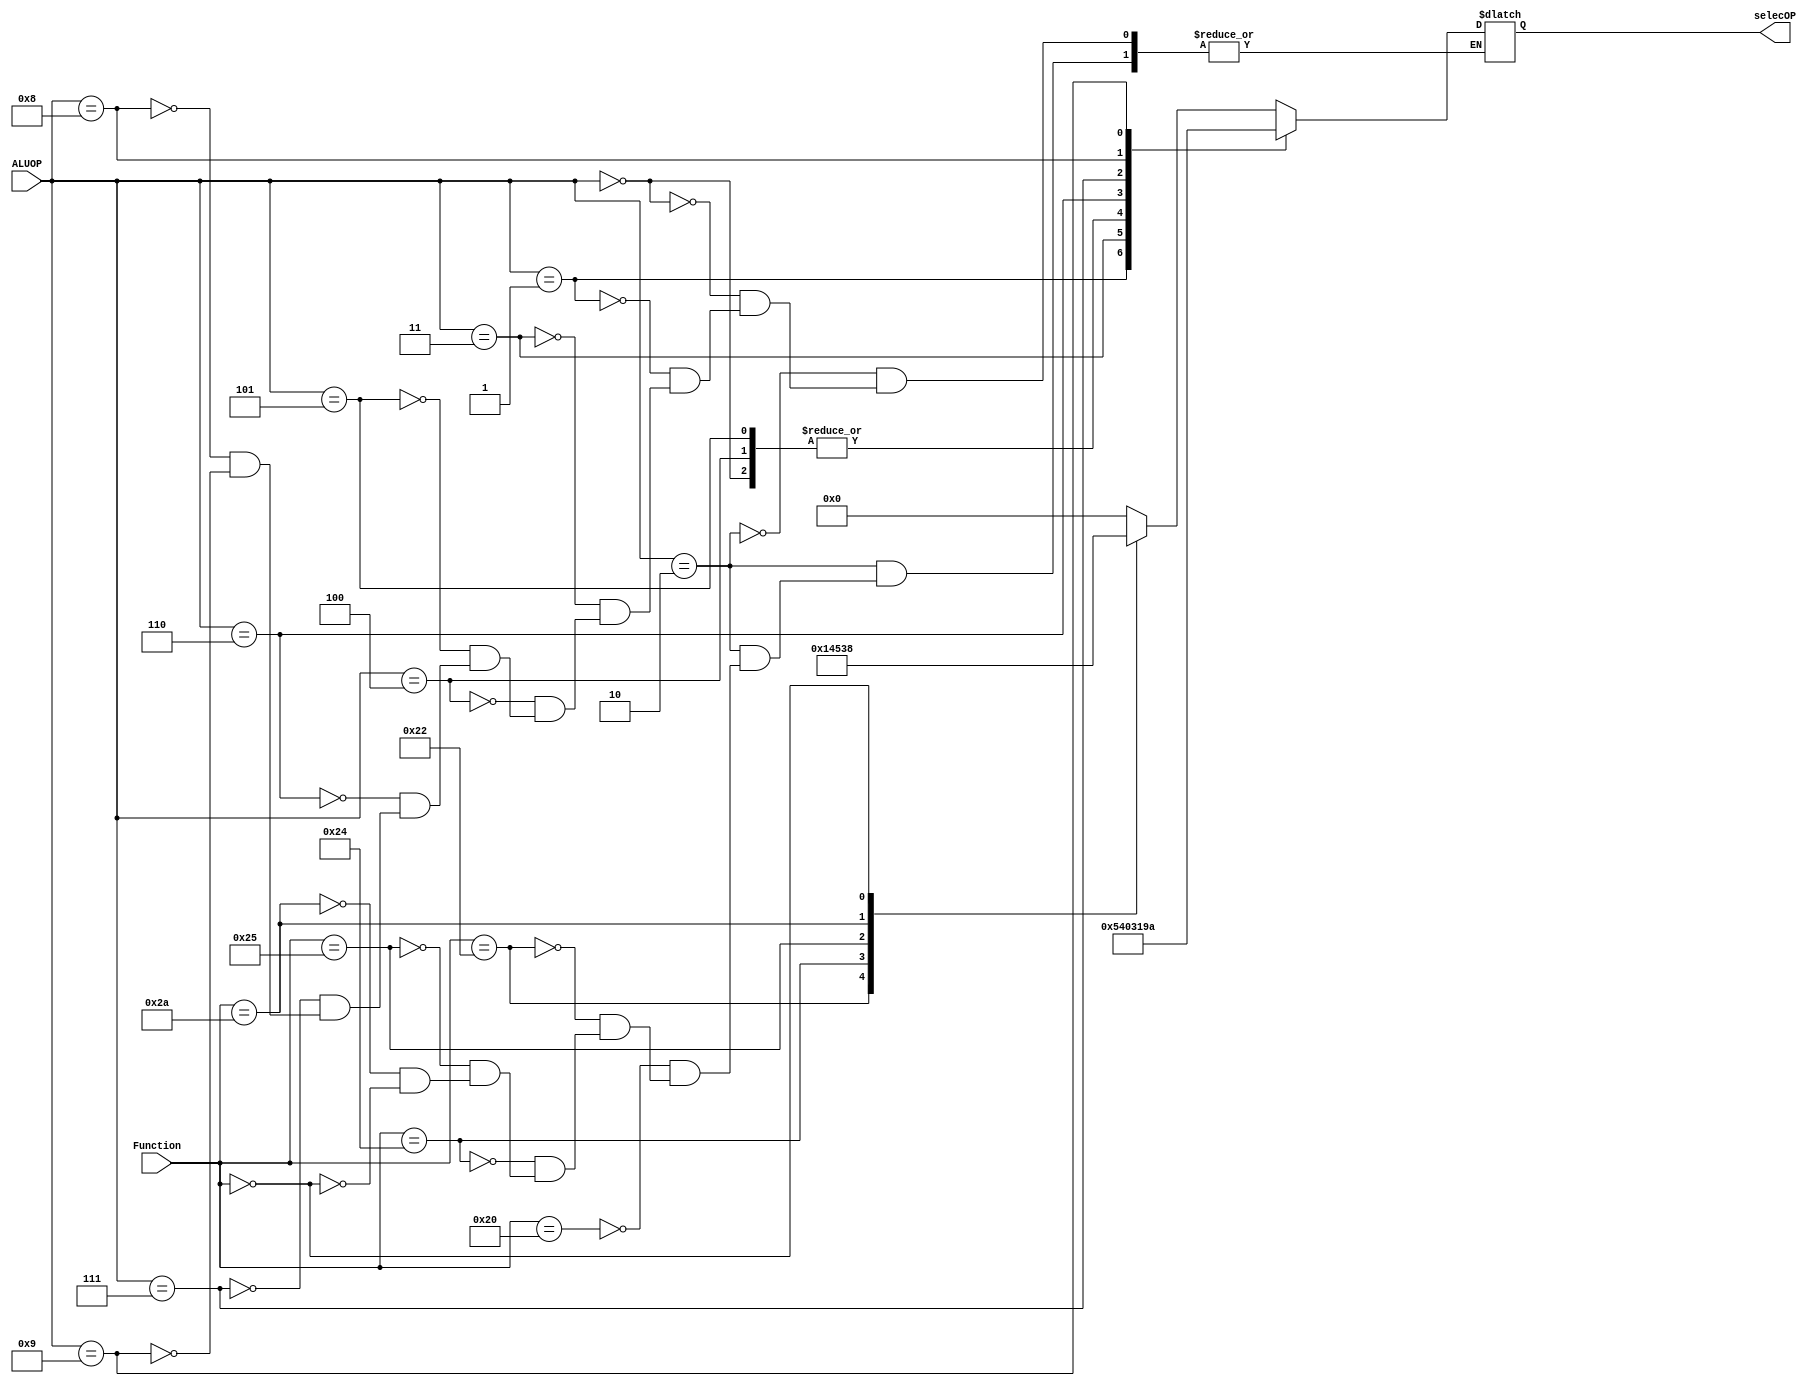
`timescale 1ns/1ns

module ALU_Control(
	input [3:0]ALUOP,
	input [5:0]Function,
	output reg [3:0]selecOP
);

always @*
begin 
	case(ALUOP)
		4'b0010:
		begin
		case(Function)
			6'b100000://ADD
			begin 
			selecOP=4'b0000;
			end
			6'b100010://SUB
			begin 
			selecOP=4'b0001;
			end
			6'b100100://AND
			begin 
			selecOP=4'b0100;
			end
			6'b100101://OR
			begin 
			selecOP=4'b0101;
			end
			6'b101010://SLT
			begin 
			selecOP=4'b0011;
			end
			6'b000000://NOP
			begin 
			selecOP=4'b1000;
			end
		endcase
		end
		4'b0000: // ADDI
		begin
			selecOP=4'b0000;
		end
		4'b0001: // ORI
		begin
			selecOP=4'b0101;
		end
		4'b0011: // ANDI
		begin
			selecOP=4'b0100;
		end
		4'b0100: // LW
		begin
			selecOP=4'b0000;
		end
		4'b0101: // SW
		begin
			selecOP=4'b0000;
		end
		4'b0110: // SLTI
		begin
			selecOP=4'b0011;
		end
		4'b0111: // BEQ
		begin
			selecOP=4'b0001;
		end
		4'b1000: // BNE
		begin
			selecOP=4'b1001;
		end
		4'b1001: // BGTZ
		begin
			selecOP=4'b1010;
		end
	endcase 
end
endmodule